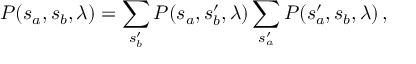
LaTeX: { \cal P } ( s _ { a } , s _ { b } , \lambda ) = \sum _ { s _ { b } ^ { \prime } } { \cal P } ( s _ { a } , s _ { b } ^ { \prime } , \lambda ) \sum _ { s _ { a } ^ { \prime } } { \cal P } ( s _ { a } ^ { \prime } , s _ { b } , \lambda ) \, ,